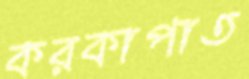
করকাপাত